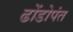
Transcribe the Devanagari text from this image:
ढोंडोपंत